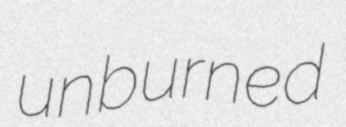
unburned